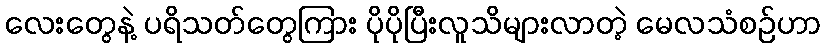
လေးတွေနဲ့ ပရိသတ်တွေကြား ပိုပိုပြီးလူသိများလာတဲ့ မေလသံစဉ်ဟာ